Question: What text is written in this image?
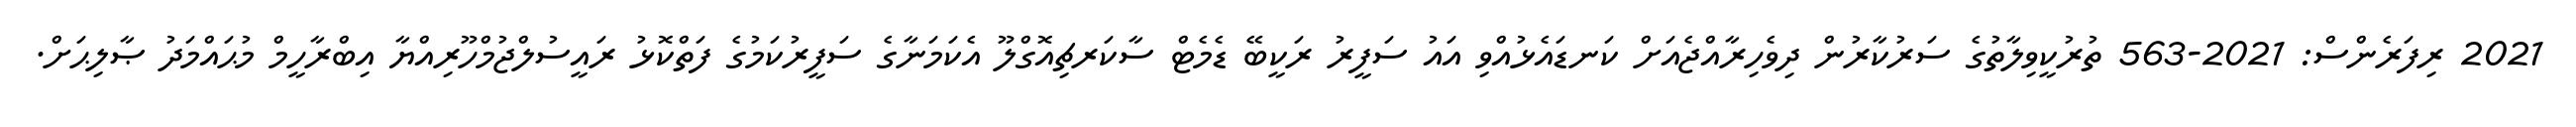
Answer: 2021 ރިފަރެންސް: 2021-563 ތުރުކީވިލާތުގެ ސަރުކާރުން ދިވެހިރާއްޖެއަށް ކަނޑައެޅުއްވި އައު ސަފީރު ރަކީބޭ ޑެމެޓް ސާކަރޗިއޮގްލޫ އެކަމަނާގެ ސަފީރުކަމުގެ ފަތްކޮޅު ރައީސުލްޖުމްހޫރިއްޔާ އިބްރާހީމް މުޙައްމަދު ޞާލިޙަށް.